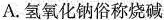
A.氢氧化钠俗称烧碱